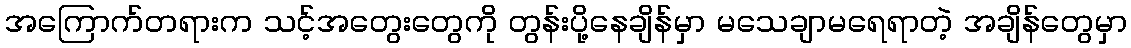
အကြောက်တရားက သင့်အတွေးတွေကို တွန်းပို့နေချိန်မှာ မသေချာမရေရာတဲ့ အချိန်တွေမှာ